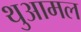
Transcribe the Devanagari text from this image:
थुआमल